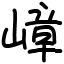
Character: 嶂